[Report on the health of British troops in the Madras command]
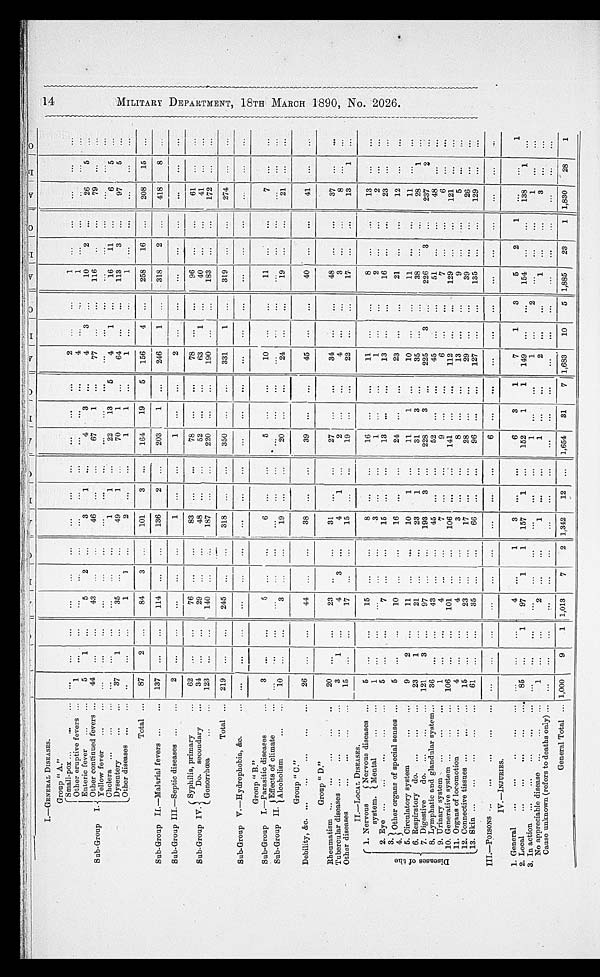
I.—GENERAL DISEASES.
Group " A."
Sub-Group I.
Small-pox
. . . .
. . .
. . .
. . .
. . .
. . .
. . .
. . .
. . .
. . .
. . .
. . .
2
. . .
. . .
1
. . .
. . .
. . .
. . .
. . .
Other eruptive fevers
1
. . .
. . .
. . .
. . .
. . .
. . .
. . .
. . .
. . .
. . .
. . .
4
. . .
. . .
1
. . .
. . .
. . .
. . .
. . .
Enteric fever
5
1
. . .
5
2
. . .
3
1
. . .
4
3
. . .
4
3
. . .
10
2
. . .
2 6
5
. . .
Other continued fevers
44
. . .
. . .
43
. . .
. . .
46
. . .
. . .
67
1
. . . 77
. . .
. . . 116
. . .
. . .
7 9
. . .
. . .
Yellow fever
. . .
. . . .
. . .
. . .
. . .
. . .
. . .
. . .
. . .
. . .
. . .
. . .
. . .
. . .
. . .
. . .
. . .
. . .
. . .
. . .
. . .
Cholera
. . .
. . .
. . .
. . .
. . .
. . .
1
1
. . .
22
13
5
4
1
. . .
16
11
. . .
6
5
. . .
Dysentery
37
1
. . .
35
. . .
. . . 49
1
. . .
70
1
. . .
6 4
. . .
. . .
113
3
. . .
97
5
. . .
Other diseases
. .
. . .
. . .
1
1
. . .
2
. . .
. . .
1
1
. . .
1
. . .
. . .
1
. . .
. . .
. . .
. . .
. . .
Total
87
2
. . .
84
3
. . . 101
3
. . .
164
19
5
156
4
. . .
258
16
. . .
208
15
. . .
Sub-Group IL—Malarial fevers
1 3 7
. . .
. . .
114
. . .
. . .
136
2
. . .
203
1
. . .
246
1
. . .
318
2
. . .
418
8
. . .
Sub-Group III.—Septic diseases
2
. . .
. . .
. . .
. . .
. . .
1
. . .
. . .
1
. . .
. . .
2
. . .
. . .
. . .
. . .
. . .
. . .
. . . . . .
Sub-Group IV.
mar
Syphilis, primary
62
. . .
. . .
76
. . .
. . .
83
. . .
. . .
78
. . .
. . .
78
. . .
. . .
96
. . .
. . .
61
. . .
. . .
Do.
secondary
34
. . .
. . .
29
. . .
. . .
48
. . .
. . .
52
. . .
. . .
63
1
. . .
40
. . .
. . .
4 1
. . .
. . .
Gonorrhœa
123
. . .
. . .
1 4 0
. . .
. . . 187
. . .
. . .
220
. . .
. . .
190
. . .
. . .
183
. . .
. . .
172
. . .
. . .
Total
219
. . .
. . .
245
. . .
. . .
318
. . .
. . .
350
. . .
. . .
331
1
. . .
319
. . .
. . .
274
. . .
. . .
S ub-Group V.—Hydrophobia, & c.
. . .
. . .
. . .
. . .
. . .
. . .
. . .
. . .
. . .
. . .
. . .
. . .
. . .
. . .
. . .
. . .
. . .
. . .
. . .
. . .
. . .
Group " B . "
Sub-Group I.—Parasitic diseases
3
. . .
. . .
5
. . .
. . .
6
. . .
. . .
5
. . .
. . .
10
. . .
. . .
11
. . .
. . .
7
. . .
. . .
Sub- GroupII. Effects of climate
. . .
. . .
. . .
. . .
. . .
. . .
. . .
. . .
. . . . . .
. . . .
. . .
. . .
. . .
. . .
. . .
. . .
. . .
. . .
. . .
. . .
Alcoholism
10
. . .
. . .
3
. . .
. . .
19
. . .
. . .
20
. . .
. . .
24
. . .
. . .
19
. . .
. . .
21
. . .
. . .
Group " C . "
Debility, &c.
2 6
. . .
. . .
44
. . .
. . .
38
. . .
. . .
39
. . .
. . .
45
. . .
. . .
40
. . .
. . .
41
. . .
. . .
Group " D . "
Rheumatism
2 0
. . .
. . .
23
. . .
. . .
31
. . .
. . .
2 7
. . .
. . .
34
. . .
. . .
48
. . .
. . .
37
. . .
. . .
Tubercular diseases
3
1
. . .
4
3
. . .
4
1
. . .
2
. . .
. . .
4
. . .
. . .
3
. . .
. . .
8
. . .
. . .
Other diseases
15
. . .
. . .
17
. . .
. . .
15
. . .
. . .
19
. . .
. . .
22
. . .
. . .
17.
. . .
. . .
13
1
. . .
II.—LOCAL DISEASES.
D i s e a s e s o f t h e
1. Nervous
system.
Nervous diseases
5
. . .
. . .
15
. . .
. . . 8
. . .
. . .
16
. . .
. . .
11
. . .
. . .
8
. . .
. . .
13
. . .
. . .
Mental
1
. . .
. . .
. . .
. . .
. . .
3
. . .
. . .
1
. . .
. . .
1
. . .
. . .
2
. . .
. . .
2
. . .
. . .
2. Eye
5
. . .
. . .
7
. . .
. . .
15
. . .
. . .
13
. . .
. . .
13
. . .
. . .
16
. . .
. . .
23
. . .
. . .
3. Other organs of special senses
5
. . .
. . . 10
. . .
. . .
16
. . .
. . .
24
. . .
. . .
23
. . .
. . .
2 1
. . .
. . .
12
. . .
. . .
4..
5. Circulatory system
9
2
. . .
11
. . .
. . .
10
1
. . .
11
1
. . .
10
. . .
. . .
11
. . .
. . .
11
. . .
. . .
6. Respiratory do.
23
1
. . .
21
. . .
. . . 23
1
. . .
31
3
. . .
35
. . . "
. . .
38
. . .
. . .
28
1
. . .
7. Digestive
do.
121
3
. . .
97
. . .
. . .
193
3
. . .
228
3
. . .
225
3
. . . 226
3
. . . 237
2
. . .
8, Lymphatic and glandular system
36
. . .
. . .
43
. . .
. . .
45
. . .
. . .
5 2
. . .
. . .
45
. . .
. . .
51
. . .
. . .
48
. . .
. . .
9. Urinary system
1
. . .
. . .
4
. . .
. . .
7
. . .
. . .
9
. . . . . .
6
. . .
. . . 7
. . .
. . .
6
. . .
. . .
10. Generative system
106
. . .
. . .
101
. . .
. . .
106
. . .
. . .
141
. . .
. . .
112
. . .
. . .
129
. . .
. . .
1 2 1
. . .
. . .
locomotion
11. Organs of
locomotion
4
. . .
. . .
4
. . .
. . .
3
. . .
. . .
8
. . .
. . .
13
. . .
. . .
9
. . .
. . .
5
. . .
. . .
12. Connective tissues
15
. . .
. . .
23
. . .
. . .
17
. . .
. . .
28
. . .
. . .
29
. . .
. . . 39
. . .
. . .
26
. . .
. . .
13. Skin
61
. . .
. . .
35
. . .
. . .
66
. . .
. . .
96
. . .
. . .
127
. . .
. . .
135
. . .
. . .
129
. . .
. . .
III.—PoisoNs
. . .
. . .
. . .
. . .
. . .
. . .
. . .
. . .
. . .
6
. . .
. . .
. . .
. . .
. . .
. . .
. . .
. . .
. . .
. . .
. . .
IV.—INJURIES.
1. General
. . .
. . .
. . .
4
. . .
1
3
. . .
. . .
6
3
1
7
1
3
5
2
1
. . .
. . .
1
2. Local
85
. . .
1
97
1
1
157
1
. . .
152
1
1
149
. . .
. . .
154
. . .
. . . 1 3 8
1
. . .
3. In action
. . .
. . .
. . .
. . .
. . .
. . .
. . .
. . .
. . . 1
. . .
. . .
1
. . .
2
. . .
. . .
. . .
1
. . .
. . .
No appreciable disease
1
. . .
. . .
2
. . .
. . .
1
. . .
. . .
1
. . .
. . .
2
. . .
. . .
1
. . .
. . .
3
. . .
. . .
Cause unknown (refers to deaths only)
. . .
. . .
. . .
. . .
. . .
. . .
. . .
. . .
. . .
. . .
. . .
. . .
. . .
. . .
. . .
. . .
. . .
. . .
. . .
. . .
. . .
General Total
1,000
9
1
1,013
7
2 1,342
12
. . . 1,654
31
7
1,683
10
5
1 , 8 8 5
2 3
1
1 , 8 3 0
2 8
1